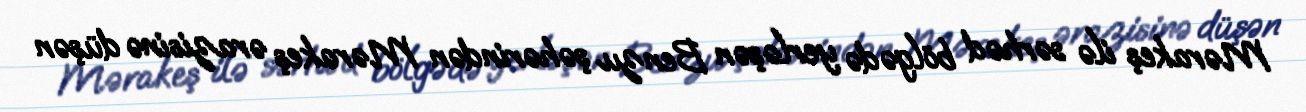
Mərakeş ilə sərhəd bölgədə yerləşən Benzu şəhərindən Mərakeş ərazisinə düşən